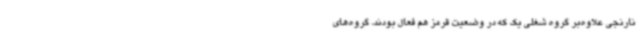
نارنجی علاوه‌بر گروه شغلی یک که در وضعیت قرمز هم فعال بودند، گروه‌های